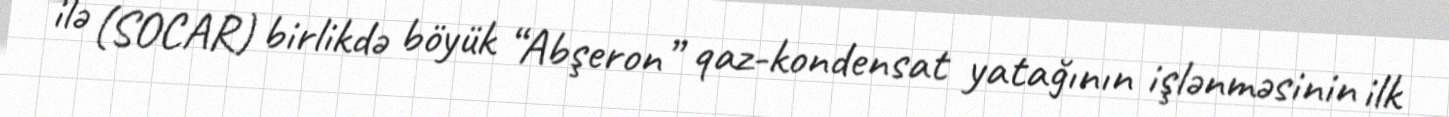
ilə (SOCAR) birlikdə böyük “Abşeron” qaz-kondensat yatağının işlənməsinin ilk